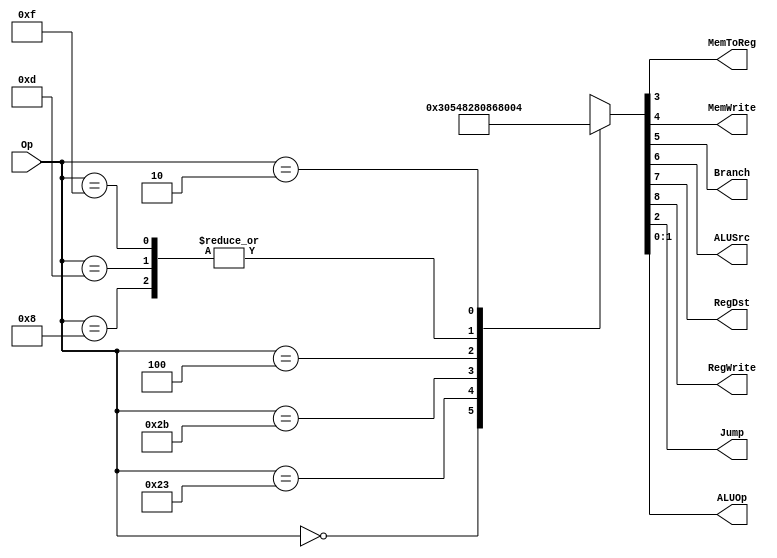
`timescale 1ns / 1ps


module MainDec(
    input [5:0] Op,
    output MemToReg, MemWrite,
    output Branch, ALUSrc,
    output RegDst, RegWrite,
    output Jump,
    output [1:0] ALUOp);
    
    reg [8:0] Controls;
    
    assign {RegWrite, RegDst, ALUSrc, Branch, MemWrite, MemToReg, Jump, ALUOp} = Controls;
    always@(*)
        case(Op)
            6'b000000: Controls <= 9'b110000010;//register-type
            6'b100011: Controls <= 9'b101001000;//LW
            6'b101011: Controls <= 9'b001010000;//SW
            6'b000100: Controls <= 9'b000100001;//BEQ
            6'b001000: Controls <= 9'b101000000;//ADDI
            6'b001101: Controls <= 9'b101000000;//ORI
            6'b001111: Controls <= 9'b101000000;//LUI
            6'b000010: Controls <= 9'b000000100;//J
            default:   Controls <= 9'bxxxxxxxxx;//illegal Op
        endcase 
endmodule